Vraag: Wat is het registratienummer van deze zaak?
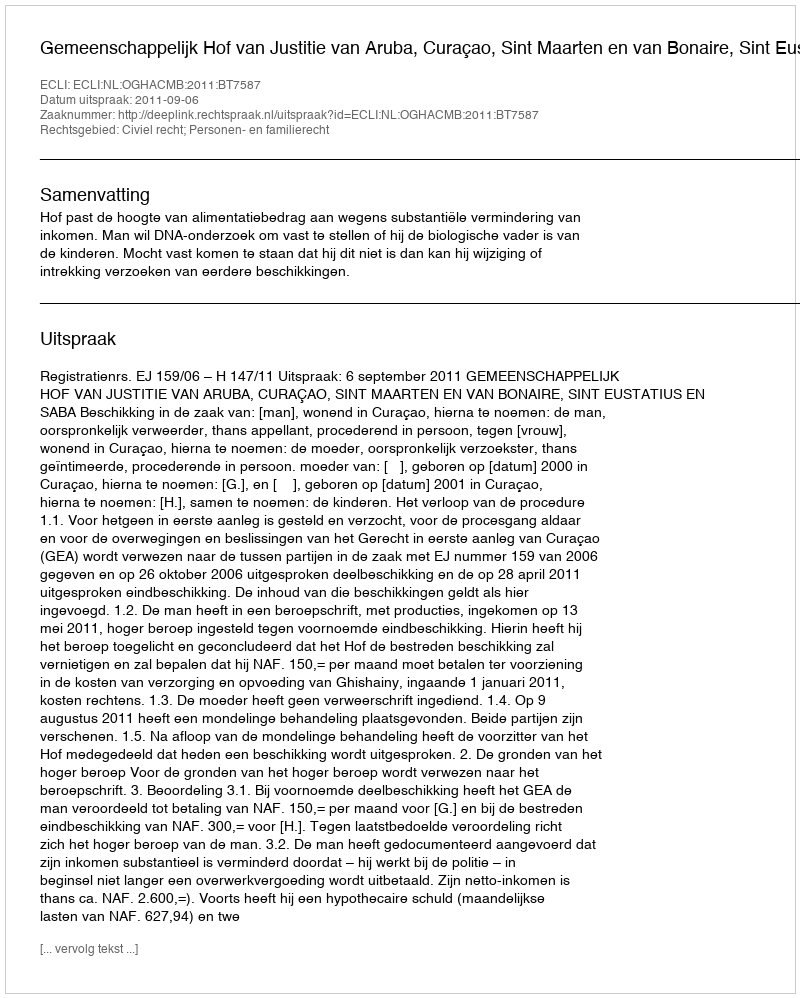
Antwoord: http://deeplink.rechtspraak.nl/uitspraak?id=ECLI:NL:OGHACMB:2011:BT7587